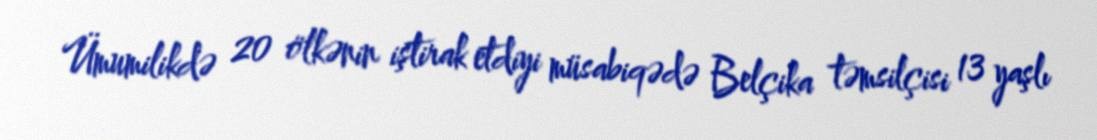
Ümumilikdə 20 ölkənin iştirak etdiyi müsabiqədə Belçika təmsilçisi 13 yaşlı